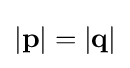
|{\mathbf {p} }|=|{\mathbf {q} }|